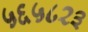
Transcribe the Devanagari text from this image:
५६५८२३